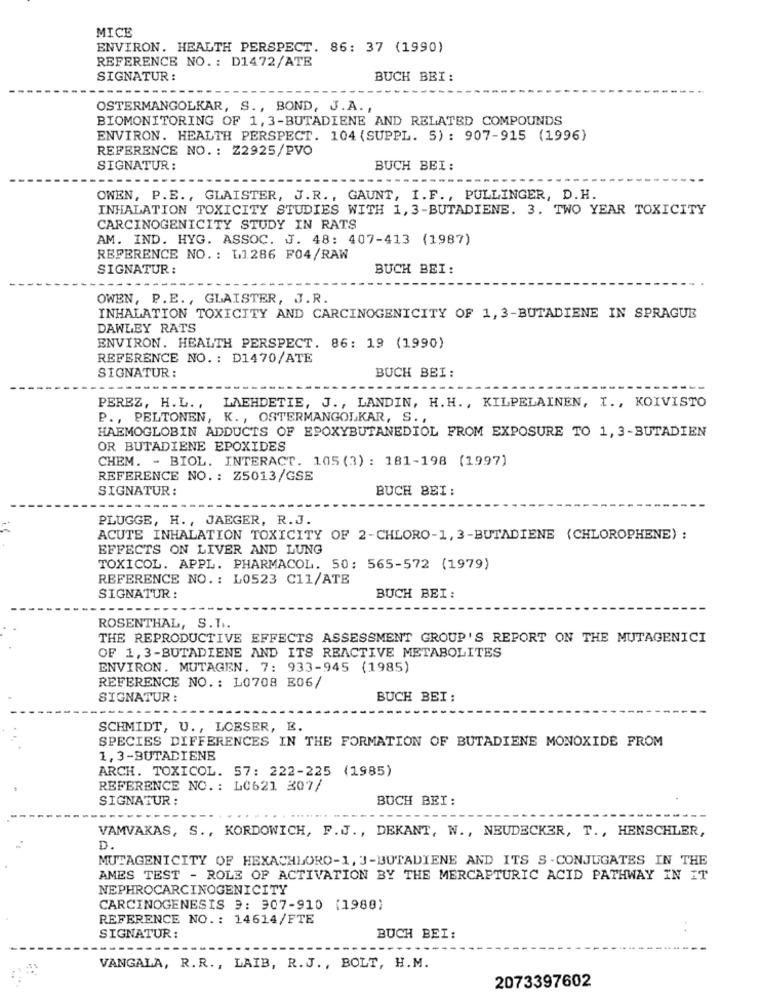
MICE
ENVIRON. HEALTH PERSPECT. 86: 37 (1990)
REFERENCE NO. : D1472/ATE
SIGNATUR :
BUCH BEI:
OSTERMANGOLKAR, S ., BOND, J.A. ,
BIOMONITORING OF 1, 3-BUTADIENE AND RELATED COMPOUNDS
ENVIRON. HEALTH PERSPECT. 104 (SUPPL. 5) : 907-915 (1996)
REFERENCE NO. : Z2925/PVO
SIGNATUR:
BUCH BEI :
OWEN, P.E ., GLAISTER, J.R ., GAUNT, I.F ., PULLINGER, D.H.
INHALATION TOXICITY STUDIES WITH 1, 3-BUTADIENE. 3. TWO YEAR TOXICITY
CARCINOGENICITY STUDY IN RATS
AM. IND. HYG. ASSOC. J. 48: 407-413 (1987)
REFERENCE NO. : L1.286 F04/RAW
SIGNATUR :
BUCH BEI:
OWEN, P.E ., GLAISTER, J.R.
INHALATION TOXICITY AND CARCINOGENICITY OF 1, 3-BUTADIENE IN SPRAGUE
DAWLEY RATS
ENVIRON. HEALTH PERSPECT. 86: 19 (1990)
REFERENCE NO. : D1470/ATE
BUCH BEI:
SIGNATUR:
PEREZ, H.L. ,
LAEHDETIE, J ., LANDIN, H.H ., KILPELAINEN, I ., KOIVISTO
P ., PELTONEN, K ., OSTERMANGOLKAR, S .,
HAEMOGLOBIN ADDUCTS OF EPOXYBUTANEDIOL FROM EXPOSURE TO 1, 3-BUTADIEN
OR BUTADIENE EPOXIDES
CHEM. - BIOL. INTERACT. 105 (3) : 181-198 (1997)
REFERENCE NO .: Z5013/GSE
SIGNATUR :
BUCH BEI :
PLUGGE, H ., JAEGER, R.J.
ACUTE INHALATION TOXICITY OF 2-CHLORO-1, 3-BUTADIENE (CHLOROPHENE) :
EFFECTS ON LIVER AND LUNG
TOXICOL. APPL. PHARMACOL. 50: 565-572 (1979)
REFERENCE NO. : L0523 C11/ATE
SIGNATUR :
BUCH BEI:
ROSENTHAL, S. T ..
THE REPRODUCTIVE EFFECTS ASSESSMENT GROUP'S REPORT ON THE MUTAGENICI
OF 1,3-BUTADIENE AND ITS REACTIVE METABOLITES
ENVIRON. MUTAGEN. 7: 933-945 (1985)
REFERENCE NO .: L0708 B06/
SIGNATUR :
BUCH BEI :
SCHMIDT, U ., LOESER, E.
SPECIES DIFFERENCES IN THE FORMATION OF BUTADIENE MONOXIDE FROM
1, 3-BUTADIENE
ARCH. TOXICOL. 57: 222-225 (1985)
REFERENCE NO .: L0621 307/
SIGNATUR :
BUCH BEI:
VAMVAKAS, S ., KORDOWICH, F.J ., DEKANT, W ., NEUDECKER, T ., HENSCHLER,
D.
MUTAGENICITY OF HEXACHLORO-1, 3-BUTADIENE AND ITS S- CONJUGATES IN THE
AMES TEST - ROLE OF ACTIVATION BY THE MERCAPTURIC ACID PATHWAY IN IT
NEPHROCARCINOGENICITY
CARCINOGENESIS 9: 307-910 (1988)
REFERENCE NO .: 14614/FTE
SIGNATUR:
BUCH BEI:
VANGALA, R.R ., LAIB, R.J ., BOLT, H.M.
2073397602